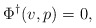
\begin{align*}\Phi^\dagger(v,p) = 0,\end{align*}